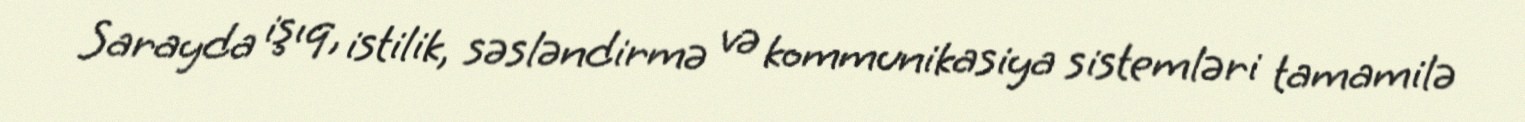
Sarayda işıq, istilik, səsləndirmə və kommunikasiya sistemləri tamamilə